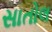
સાતોલ